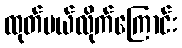
ထုတ်ပယ်လိုက်ကြောင်း